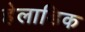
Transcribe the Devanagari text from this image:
हेलाडिक